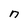
Character: n